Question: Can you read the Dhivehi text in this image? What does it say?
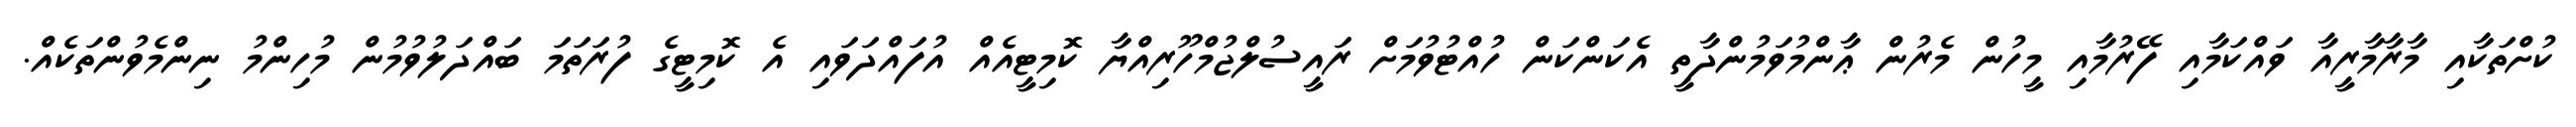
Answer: ކުށްތަކާއި މާރާމާރީއާ ވައްކަމާއި ފޭރުމާއި މީހުން މެރުން ޢާންމުވަމުންދާތީ އެކަންކަން ހުއްޓުވުމަށް ރައީސުލްޖުމްހޫރިއްޔާ ކޮމިޓީއެއް އުފައްދަވައި އެ ކޮމިޓީގެ ފުރަތަމަ ބައްދަލުވުމުން މުހިންމު ނިންމެވުންތަކެއް.